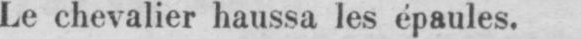
Le chevalier haussa les épaules.